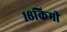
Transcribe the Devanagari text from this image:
१६किमी